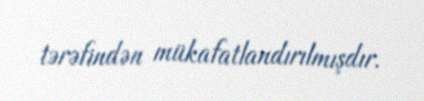
tərəfindən mükafatlandırılmışdır.